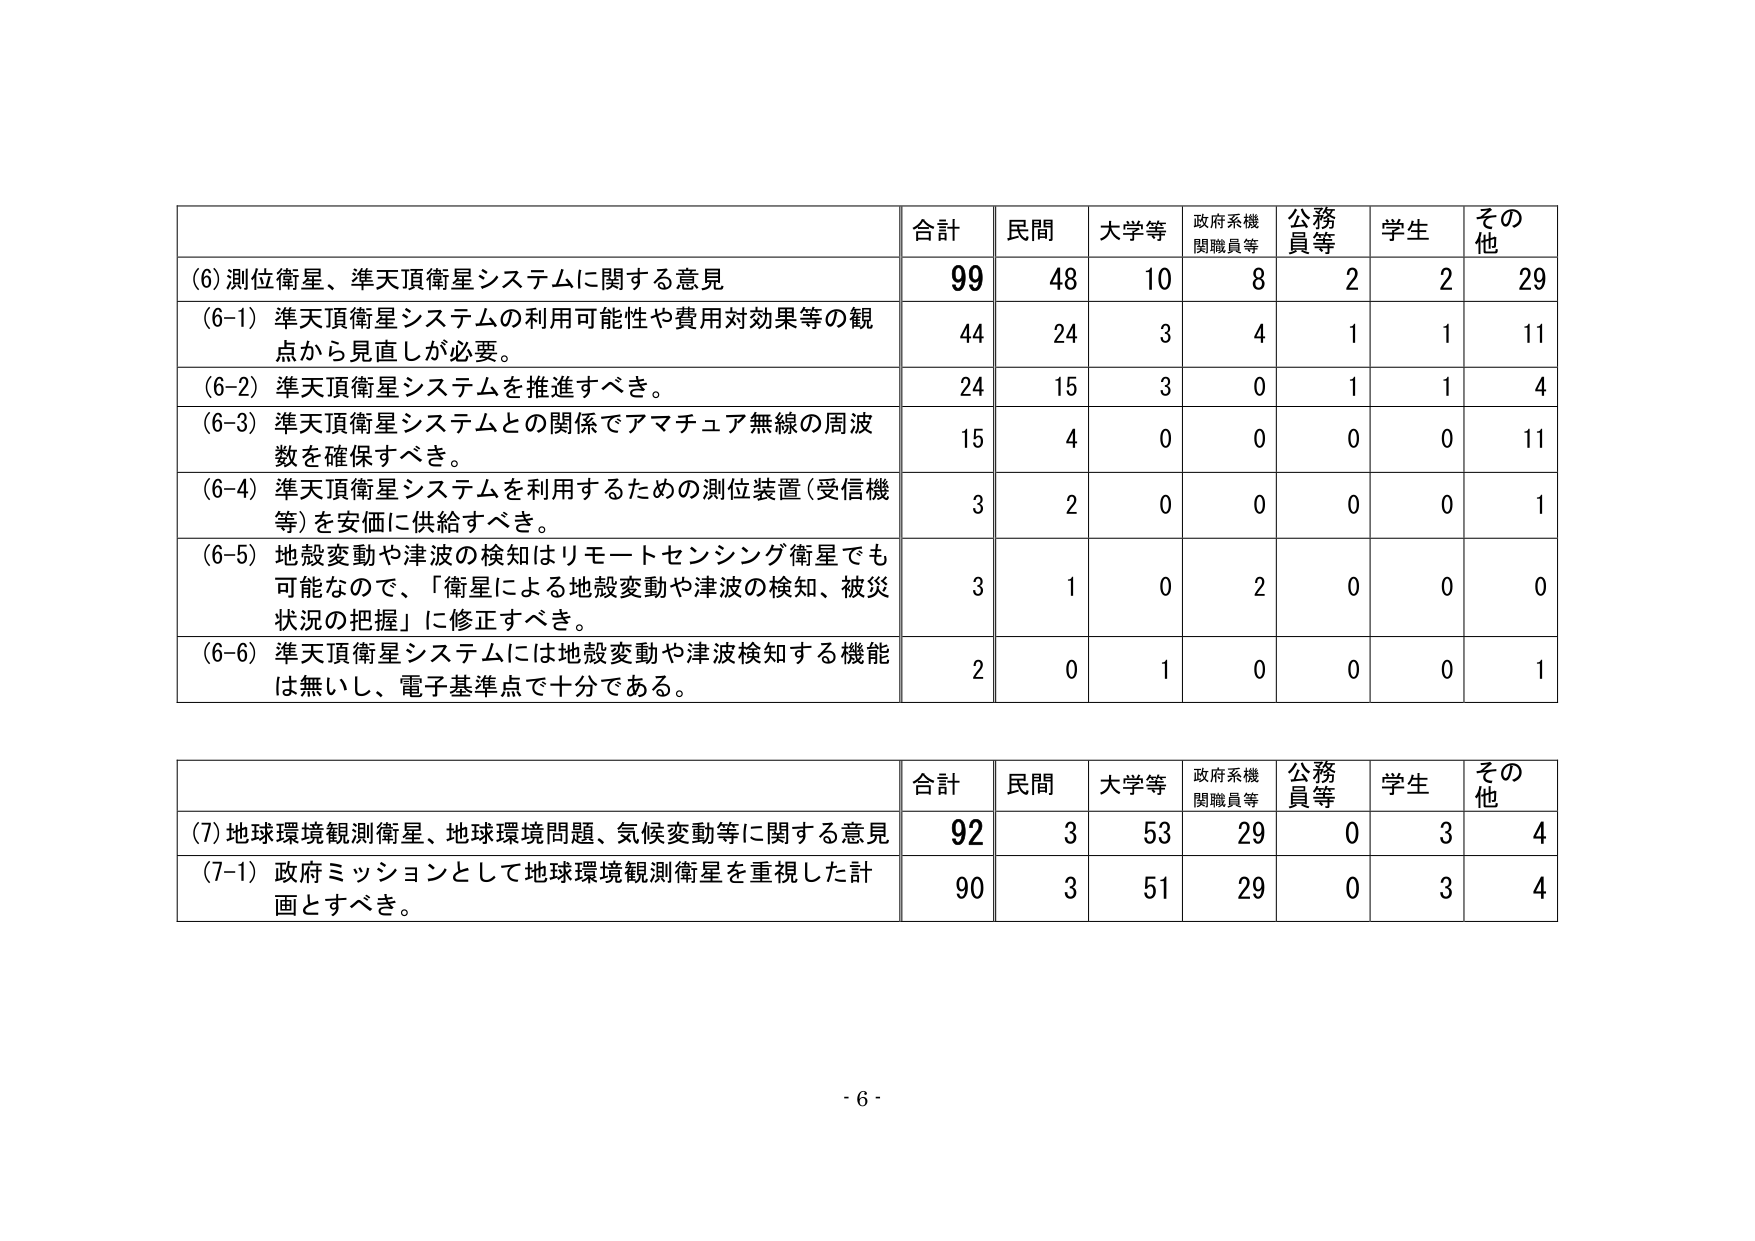
(6) 測位衛星、準天頂衛星システムに関する意見
合計 民間 大学等 政府系機関職員等 公務員等 学生 その他
99 48 10 8 2 2 29
(6-1) 準天頂衛星システムの利用可能性や費用対効果等の観点から見直しが必要。
44 24 3 4 1 1 11
(6-2) 準天頂衛星システムを推進すべき。
24 15 3 0 1 1 4
(6-3) 準天頂衛星システムとの関係でアマチュア無線の周波数を確保すべき。
15 4 0 0 0 0 11
(6-4) 準天頂衛星システムを利用するための測位装置（受信機等）を安価に供給すべき。
3 2 0 0 0 0 1
(6-5) 地殻変動や津波の検知はリモートセンシング衛星でも可能なので、「衛星による地殻変動や津波の検知、被災状況の把握」に修正すべき。
3 1 0 2 0 0 0
(6-6) 準天頂衛星システムには地殻変動や津波検知する機能は無いし、電子基準点で十分である。
2 0 1 0 0 0 1

(7) 地球環境観測衛星、地球環境問題、気候変動等に関する意見
合計 民間 大学等 政府系機関職員等 公務員等 学生 その他
92 3 53 29 0 3 4
(7-1) 政府ミッションとして地球環境観測衛星を重視した計画とすべき。
90 3 51 29 0 3 4

- 6 -